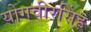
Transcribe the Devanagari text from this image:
योगवीरसिंह